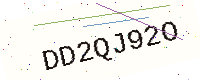
Text: DD2QJ92O